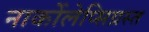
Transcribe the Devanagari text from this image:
नार्कोलेप्सिग्रस्त